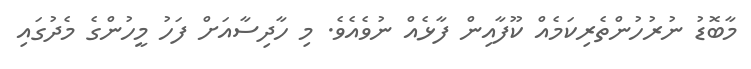
މާބޮޑު ނުރުހުންތެރިކަމެއް ކޫފާއިން ފާޅެއް ނުވެއެވެ. މި ހާދިސާއަށް ފަހު މީހުންގެ މެދުގައި